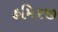
હમિરજી